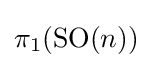
\pi _{1}({\text{SO}}(n))